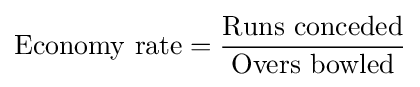
\mathrm {Economy~rate} ={\frac {\mathrm {Runs~conceded} }{\mathrm {Overs~bowled} }}